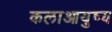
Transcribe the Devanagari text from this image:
कलाआयुष्य